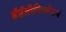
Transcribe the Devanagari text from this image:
ईईजीविश्लेषण